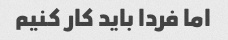
اما فردا باید کار کنیم